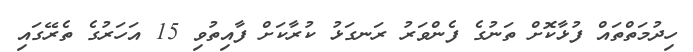
ހިދުމަތްތައް ފުޅާކޮށް ތަނުގެ ފެންވަރު ރަނގަޅު ކުރާކަށް ފާއިތުވި 15 އަހަރުގެ ތެރޭގައި